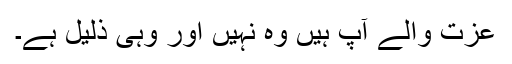
عزت والے آپؐ ہیں وہ نہیں اور وہی ذلیل ہے۔